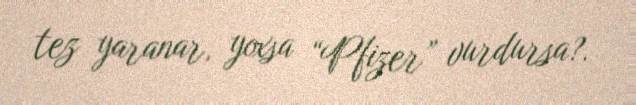
tez yaranar, yoxsa “Pfizer” vurdursa?.